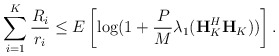
\begin{align*}\sum_{i=1}^K\frac{R_i}{r_i}\leq E\left[\log (1+\frac{P}{M}\lambda_1(\textbf{H}_K^H\textbf{H}_K))\right].\end{align*}